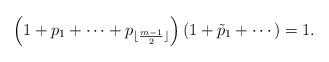
LaTeX: \begin{align*}\left(1+p_1+\cdots +p_{\lfloor\frac{m-1}{2}\rfloor}\right)\left(1+\tilde{p}_1+\cdots\right)=1.\end{align*}